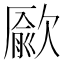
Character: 𣤔